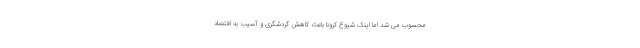
محسوب می شد اما اینک شیوع کرونا باعث کاهش گردشگری و آسیب به اقتصاد